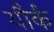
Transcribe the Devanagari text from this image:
यौर्क